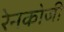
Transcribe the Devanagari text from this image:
रेनकोजी